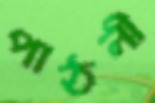
পাঠলী